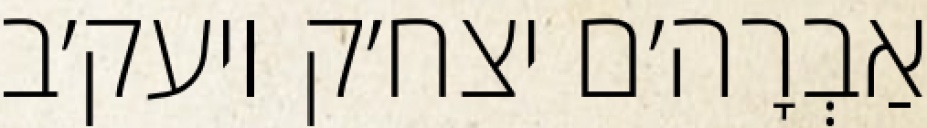
אַבְרָה׳ם יצח׳ק ויעק׳ב